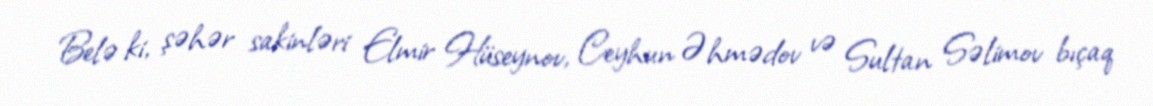
Belə ki, şəhər sakinləri Elmir Hüseynov, Ceyhun Əhmədov və Sultan Səlimov bıçaq